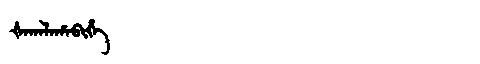
Manchu: ᡧᠠᡴᠠᠯᠠᡥᠠᠪᡳᡥᡝ
Romanization: ŠAKALAHABIHE